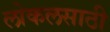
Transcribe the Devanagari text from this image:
लोकलसाठी